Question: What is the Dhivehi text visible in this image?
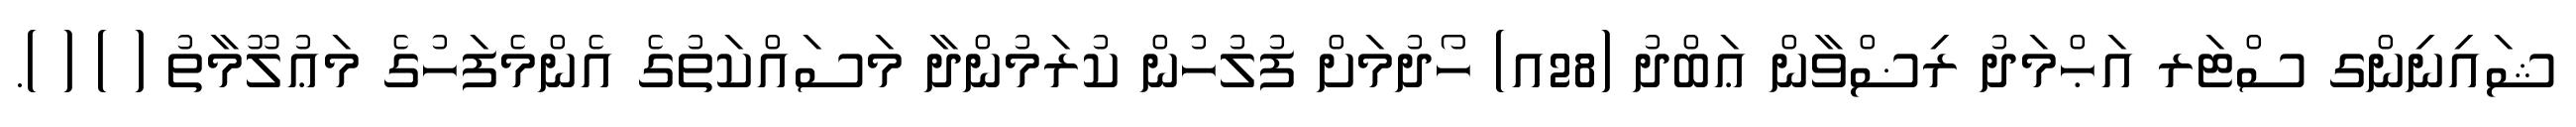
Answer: ޝައިނިންގ ސްޓަރ އަޙްމަދު ރިޟްވާން ޢަބްދު (28އ) ހޯދުމަށް ފުލުހުން ކުރަމުންދާ މަސައްކަތުގެ އެންމެފަހުގެ މަޢުލޫމާތު ( ) ( ).